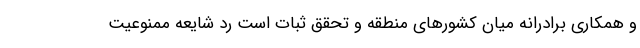
و همکاری برادرانه میان کشور‌های منطقه و تحقق ثبات است رد شایعه ممنوعیت